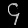
Digit: ၄